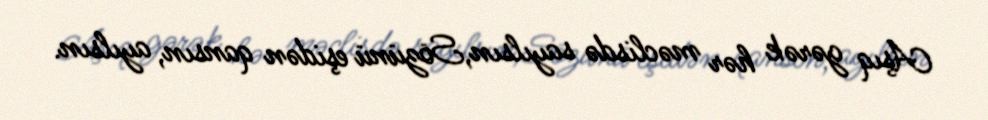
Aşıq gərək hər məclisdə sayılsın,Sözünü eşidən qansın, ayılsın.